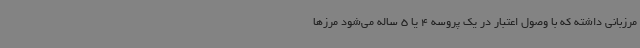
مرزبانی داشته که با وصول اعتبار در یک پروسه 4 یا 5 ساله می‌شود مرزها